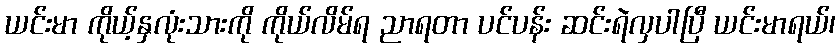
ယင်းမာ ကိုယ့်နှလုံးသားကို ကိုယ်လိမ်ရ ညာရတာ ပင်ပန်း ဆင်းရဲလှပါပြီ ယင်းမာရယ်၊